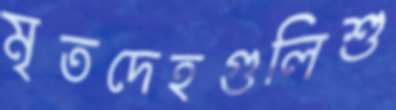
মৃতদেহগুলিশু